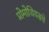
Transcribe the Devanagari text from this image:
प्रोमोथियसचे